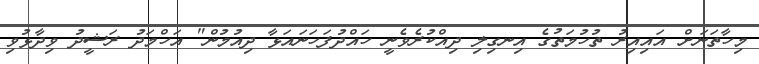
މިހާތަނަށް އައިއިރު ތުހުމަތުގެ އިނގިލި ދިއްކުރެވެނީ ހައްދުފަހަނައަޅާ ދިއުމުން" އަހްމަދު ރަޝީދު ވިދާޅުވި